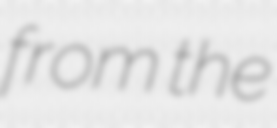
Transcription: from the